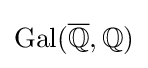
\operatorname {Gal} ({\overline {\mathbb {Q} }},\mathbb {Q} )